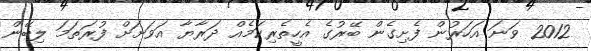
2012 ވަނަ އަހަރުން ފެށިގެން ބޭރުގެ އެހީތެރިކަމެއް ދަރާޔާ އަވަށަށް ފުރަތަމަ ލިބޭން